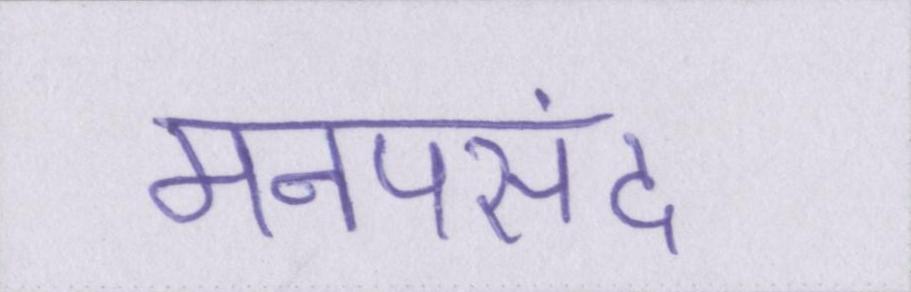
मनपसंद